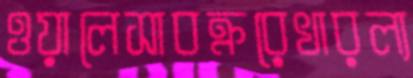
ওয়ালেসাবক্ররেখারল্য